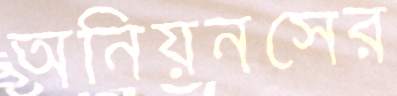
অনিয়নসের